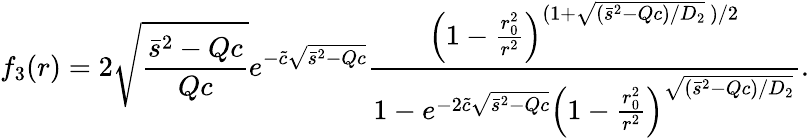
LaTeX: f_{3}(r)=2\sqrt{\frac{\bar{s}^{2}-Qc}{Qc}}e^{-\tilde{c}\sqrt{\bar{s}^{2}-Qc}}\frac{\left(1-\frac{r_{0}^{2}}{r^{2}}\right)^{(1+\sqrt{(\bar{s}^{2}-Qc)/D_{2}}\ )/2}}{1-e^{-2\tilde{c}\sqrt{\bar{s}^{2}-Qc}}\left(1-\frac{r_{0}^{2}}{r^{2}}\right)^{\sqrt{(\bar{s}^{2}-Qc)/D_{2}}}}.